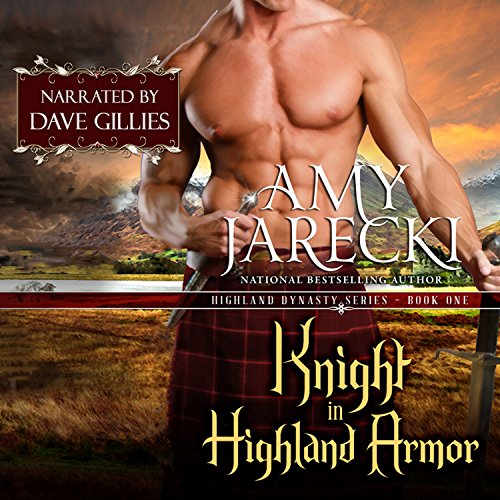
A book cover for Knight in Highland Armor: Highland Dynasty, Book 1; Amy Jarecki; Romance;